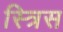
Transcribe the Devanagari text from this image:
स्त्रिस